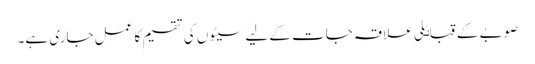
صوبے کے قباٸلی علاقہ جات کے لیے سیٹوں کی تقسیم کا عمل جاری ہے۔